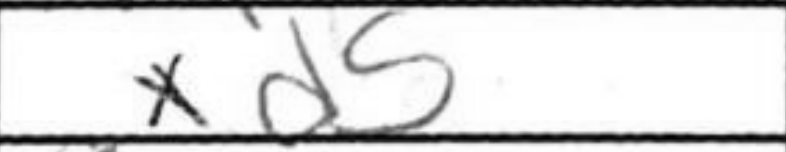
Transcription: xd5